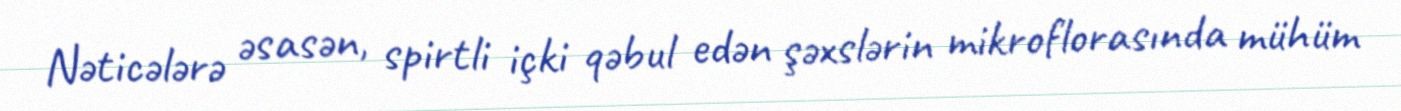
Nəticələrə əsasən, spirtli içki qəbul edən şəxslərin mikroflorasında mühüm